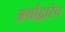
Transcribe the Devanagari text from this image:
अर्थाद्वारेच